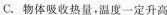
C.物体吸收热量，温度一定升高